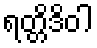
ရတ္တိဒိဝါ